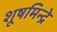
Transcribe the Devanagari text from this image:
शूषमिन्द्रे